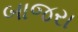
બાજરા